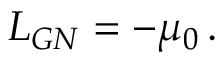
{ \cal L } _ { G N } = - \mu _ { 0 } \, .